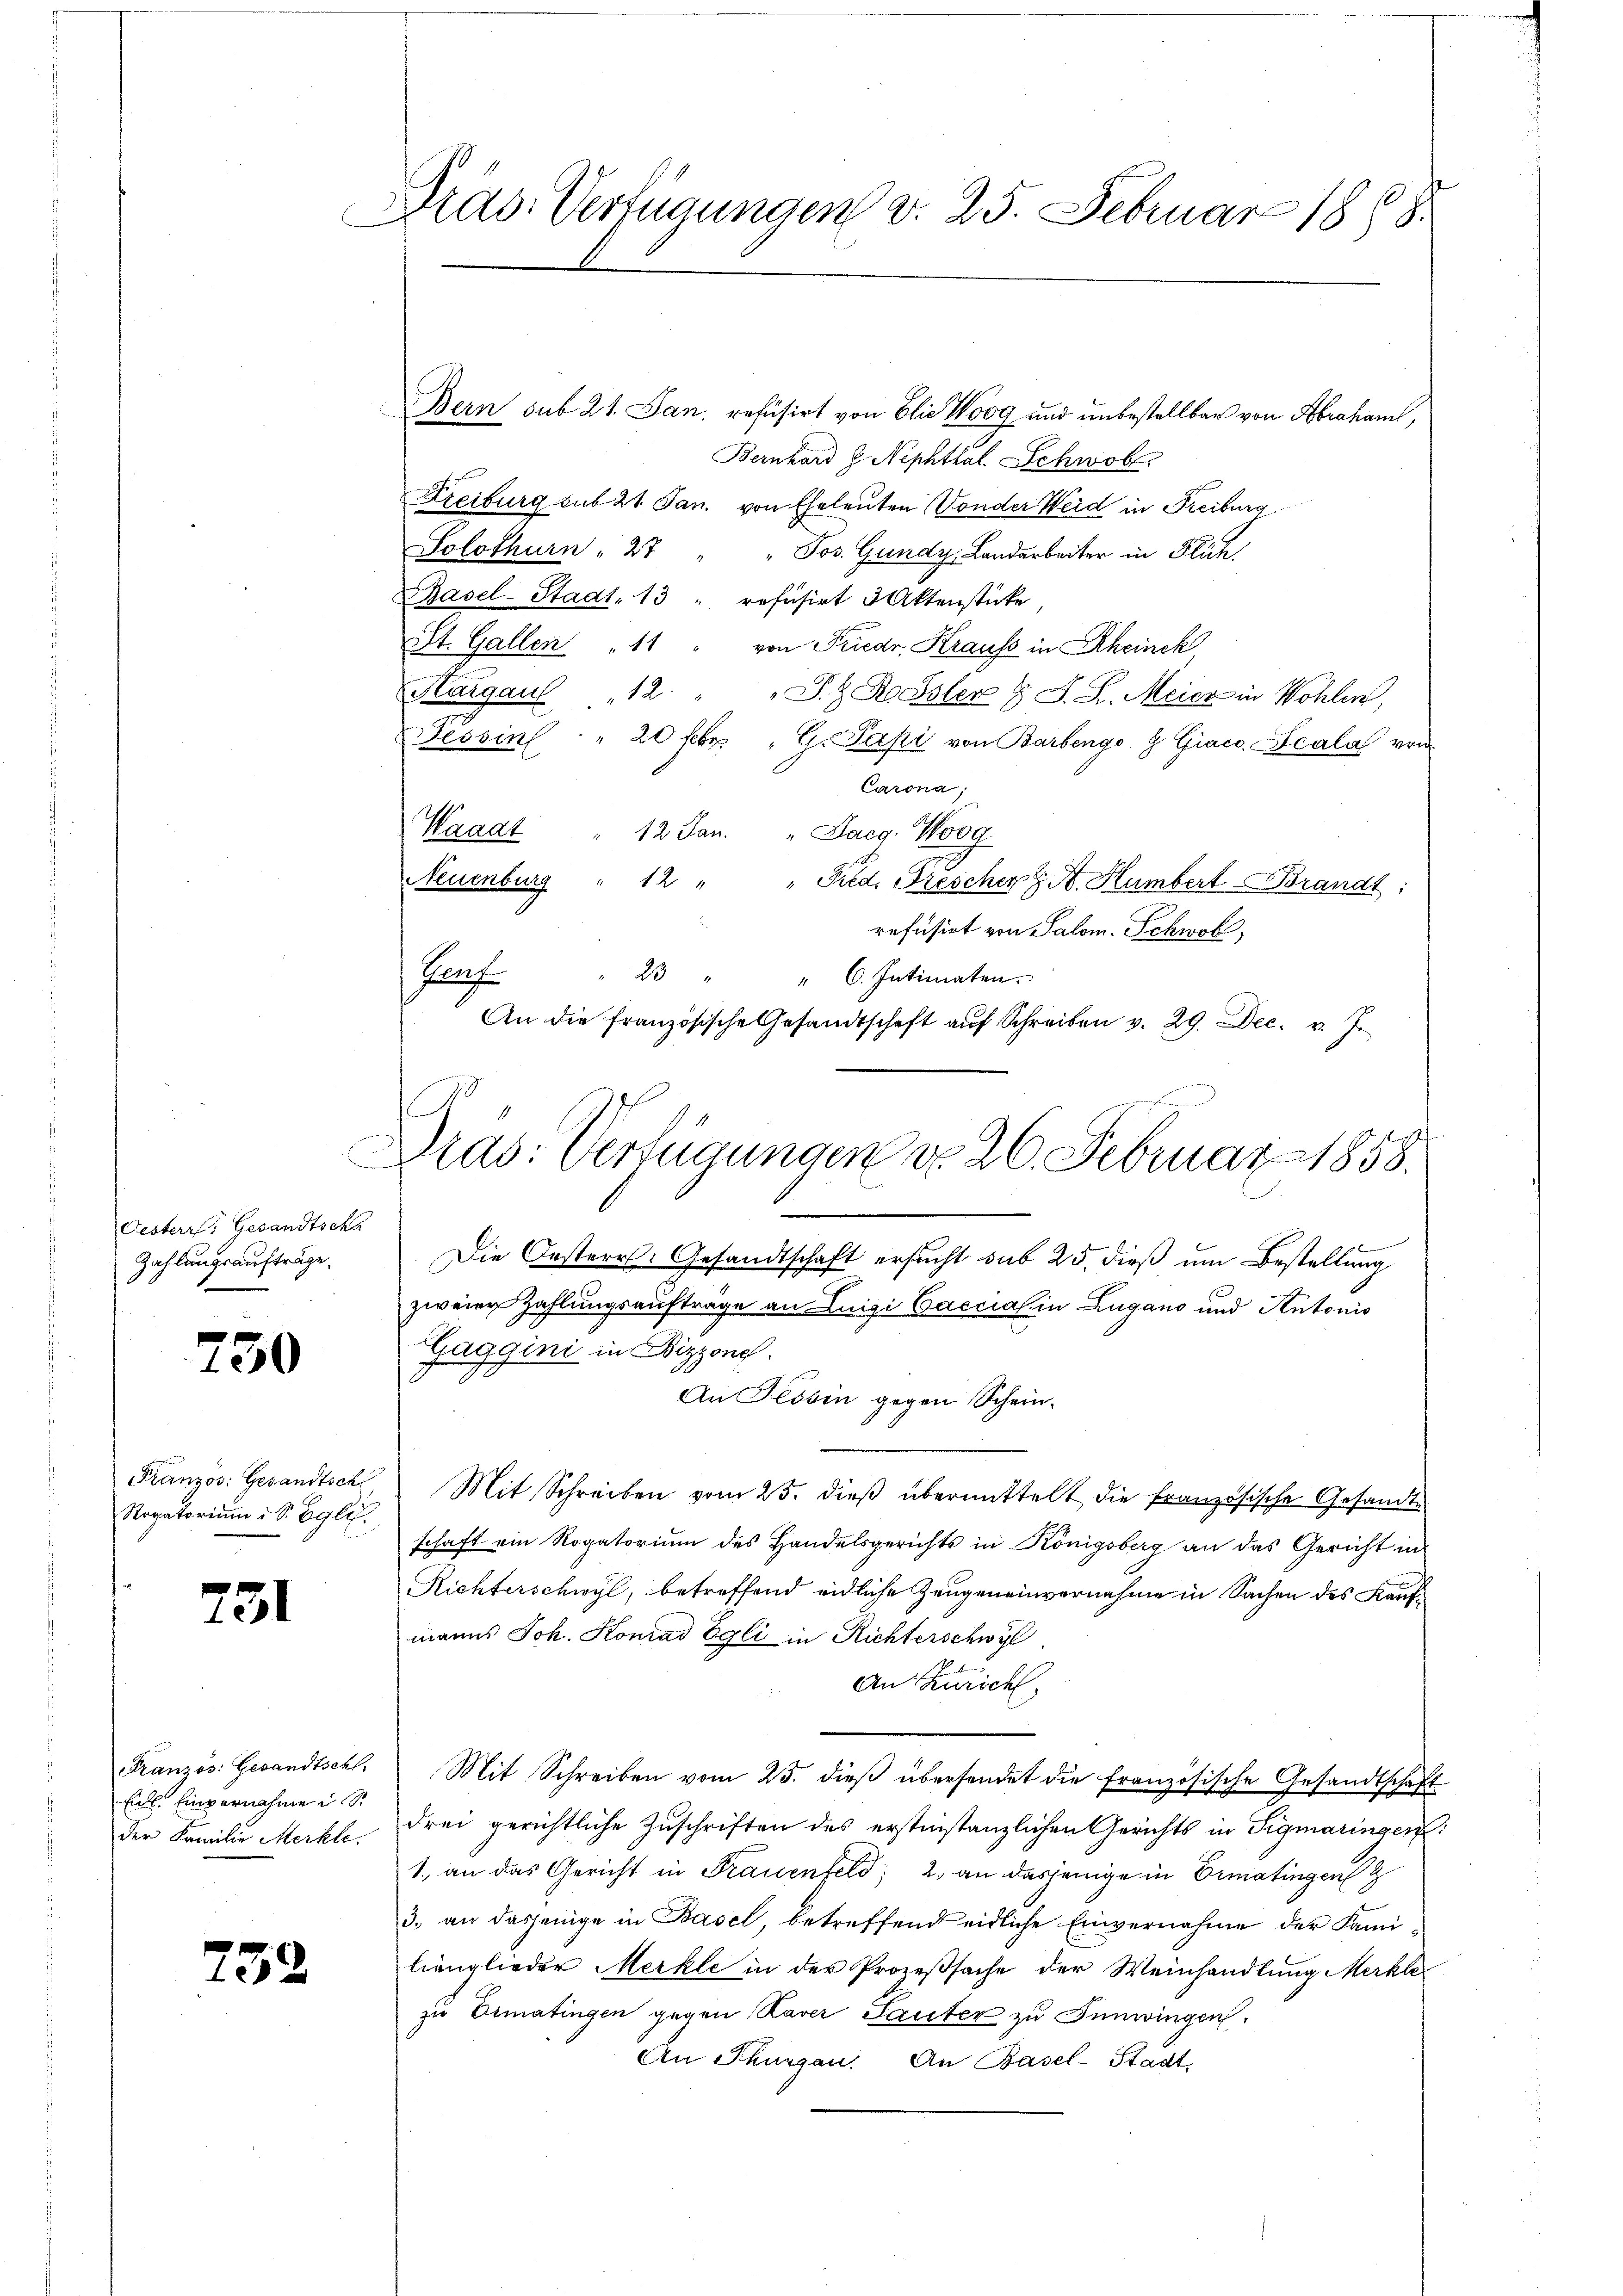
Oesterr. Gesandtsch
Zahlungsaufträge.

750

Rogatorium i S. Egli.

731

Eis. Einvernahme d S.
der Familie Merkle.

732

Dras. Verfügungen v. 25. Februar 1858.
Bern sub 21. Jan. refüsirt von Elie Wog und unbestellbar von Abraham,
Bernhard G. Nephthal. Schwob

Freiburg sub 21 Jan. von Eheleuten Vonder Weid in Freiburg
Solothurn " 27 " " Jos. Gundy, Landarbeiter in Flüch
Basel-Stadt, 13 " refüsirt 3 Aktenstücke
St. Gallen " 11 " von Friedr. Krauss in Rheinck,
Hargau 12. " " S. z. R. Isler & J. L. Meisz in Wohlen,
Tessin " 20 Fr. " G. Papi von Barbenge & Giaco Scala von
Corona;
Waadt " 12 Jan. " Jaeg. Woog
Neuenburg " 12 " " Fied. Fiescher z. B. Humbert Brandt:
refusirt von Salom. Schwohl,
Genf " 23 "
" 6. Intimaten.
An die französische Gesandtschaft aŭf Schreiben v. 29. Dec. v. J.

.
Dras: Verfügungen d. 26. Februar 1858.

Die Oesterr. Gesandtschaft ersucht sub 25. dieß um Bestellung

zweier Zahlungsaufträge an Luigi Caccial in Zugano und Antonis
Gaggini in Pizzone.
An Tessin gegen Schein
Französ. Gesandtsch, Mit Schreiben vom 25. dieß übermittelt die französische Gesandtschaft ein Rogatorium des Handelsgerichts in Königsberg an das Gericht in
Richterschwyl, betreffend eidliche Zeugeneinvernahme in Sachen des Kaufmanns Joh. Konrad Egli in Richterschwyl
An Zürich
Französ. Gesandtschl. Mit Schreiben vom 25. dieβ übersendet die französische Gesandtschaft
drei gerichtliche Zuschriften des erstinstanzlichen Gerichts in Sigmaringen:
1., an das Gericht in Frauenfels; 2. an dasjenige in Ermatingen
3. an dasjenige in Basel, betreffend eidliche Einvernahme der Familienglieder Merkle in der Prozeßsache der Weinhandlung Merkle
zu Ermatingen gegen aver Sauter zu Innwingen.
An Thurgau. An Basel-Stadt,